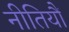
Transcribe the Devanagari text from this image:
नीतियौं